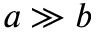
a \gg b